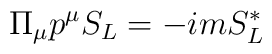
\Pi_{\mu} p^{\mu} S_{L} = - i m S_{L}^{*}